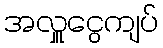
အလှူငွေကျပ်